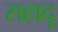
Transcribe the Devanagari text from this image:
सहादू